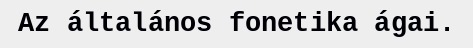
Az általános fonetika ágai.